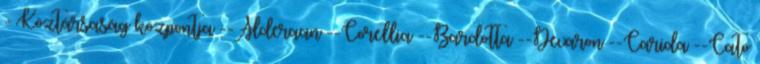
- Köztársaság központja --Alderaan --Corellia --Bardotta --Devaron --Carida --Cato